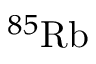
^ { 8 5 } \mathrm { R b }